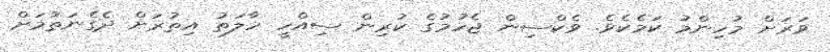
ވަރަށް މުހިންމު ކަމެކެވެ. ވެކްސިން ޖެހުމުގެ ކުރިން ސިއްހީ ހާލަތު އިތުރަށް ދެގެނަތުމަށް